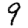
Digit: 9